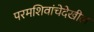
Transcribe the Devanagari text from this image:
परमशिवांचेदेखील